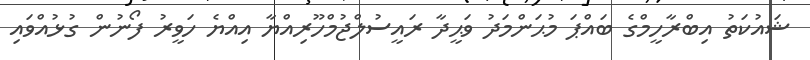
ޝައުކަތު އިބްރާހީމްގެ ބައްޕަ މުޙަންމަދު ވަޙީދާ ރައީސުލްޖުމްހޫރިއްޔާ އިއްޔެ ހަވީރު ފޯނުން ގުޅުއްވައި